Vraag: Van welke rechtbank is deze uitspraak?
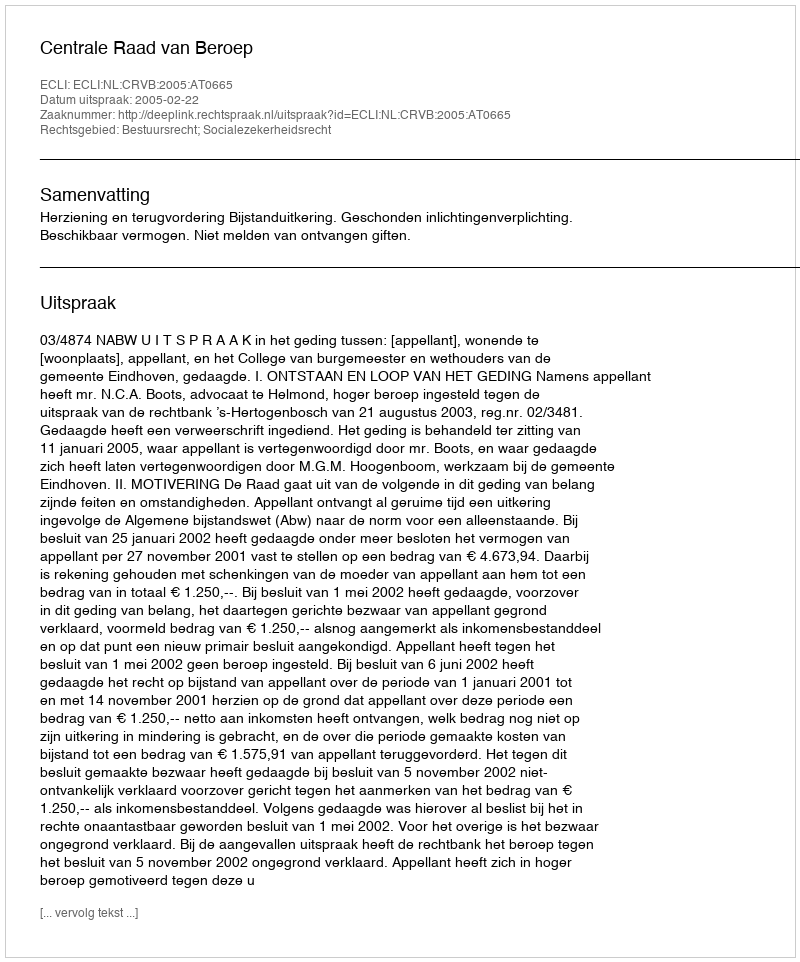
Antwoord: Centrale Raad van Beroep